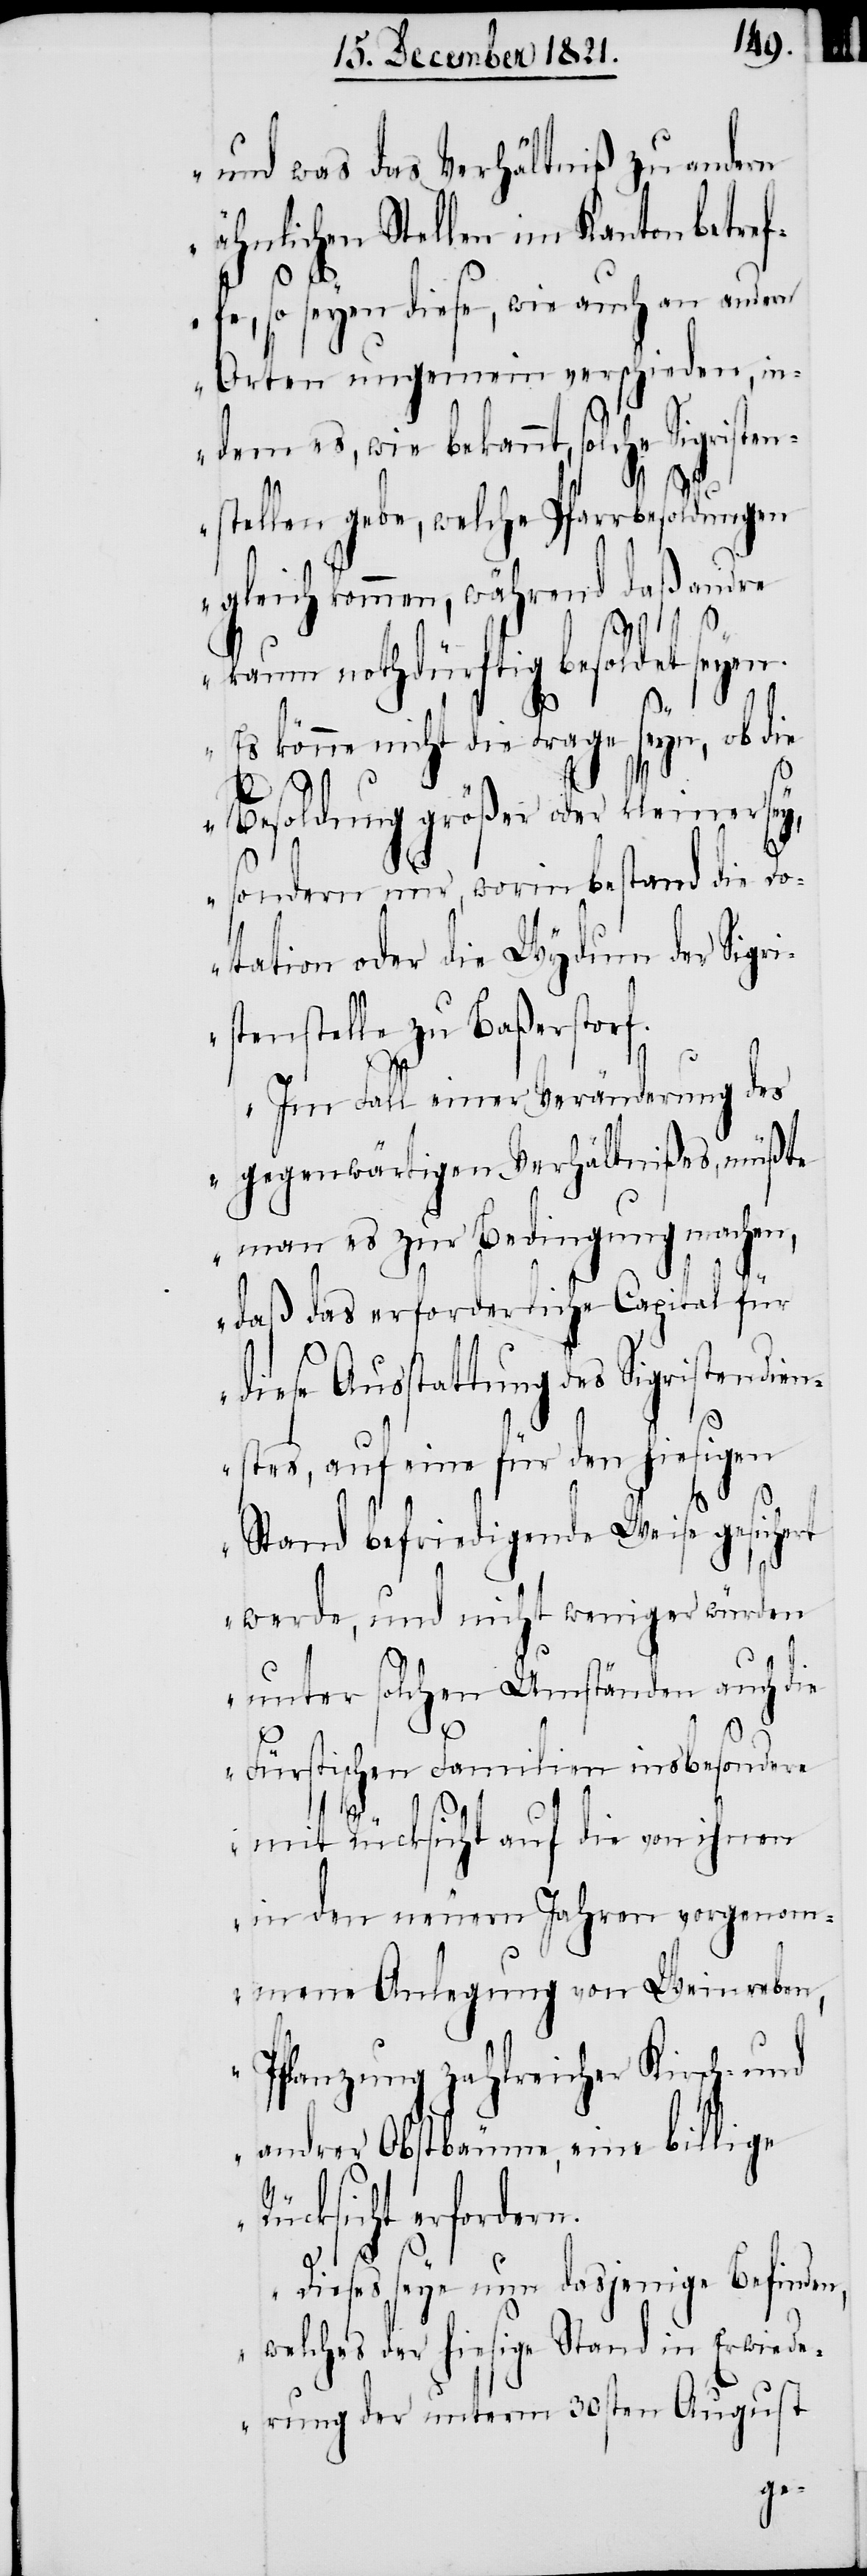
und was das Verhältniß zu andern
ähnlichen Stellen im Kanton betref¬
fe, so seyen diese, wie auch an andern
Orten ungemein verschieden, in¬
dem es, wie bekannt, solche Sigristen¬
stellen gebe, welche Pfarrbesoldungen
gleich kommen, während daß andre
kaum nothdürftig besoldet seyen.
Es könne nicht die Frage seyn, ob die
Besoldung größer oder kleiner
sondern nur, worin bestand die Do¬
tation oder die Wydum der Sigr¬
istenstelle zu Baßerstorf.
Im Fall einer Veränderung des
gegenwärtigen Verhältnißes, müßte
man es zur Bedingung machen,
daß das erforderliche Capital für
diese Ausstattung des Sigristendien¬
stes, auf eine für den hiesigen
Stand befriedigende Weise gesichert
werde, und nicht weniger würden
unter solchen Umständen auch die
Fürstischen Familien insbesondere
mit Rücksicht auf die von ihnen
in den neuern Jahren vorgenom¬
mene Anlegung von Weinreben,
Pflanzung zahlreicher Kirsch- und
andrer Obstbäume, eine billige
R¬
ücksicht erforder¬
n.
Dieses seye nun dasjenige Befinden,
welches der hiesige Stand in Erwiede¬
rung der unterm 30sten August